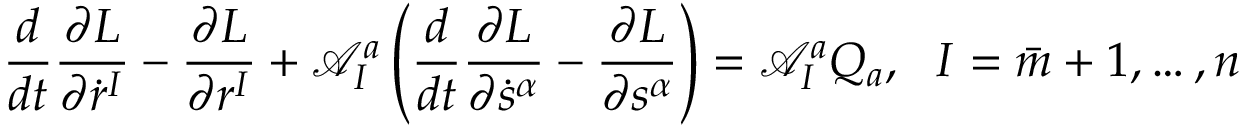
\frac { d } { d t } \frac { \partial L } { \partial \dot { r } ^ { I } } - \frac { \partial L } { \partial r ^ { I } } + \mathcal { A } _ { I } ^ { a } \left( \frac { d } { d t } \frac { \partial L } { \partial \dot { s } ^ { \alpha } } - \frac { \partial L } { \partial s ^ { \alpha } } \right) = \mathcal { A } _ { I } ^ { a } Q _ { a } , \ \ I = \bar { m } + 1 , \ldots , n